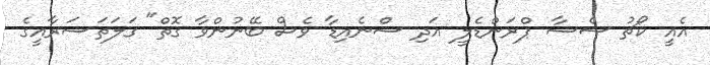
އެއީ ކޯޗު ސެސާ ޕްރަންޑެލީ އަދި ސްނެއިޑާ ވެސް ބޭނުންވާ ގޮތް" ގަލަތަސަރާއީގެ